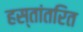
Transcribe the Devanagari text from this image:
हस्‍तांतरित